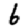
Digit: 6